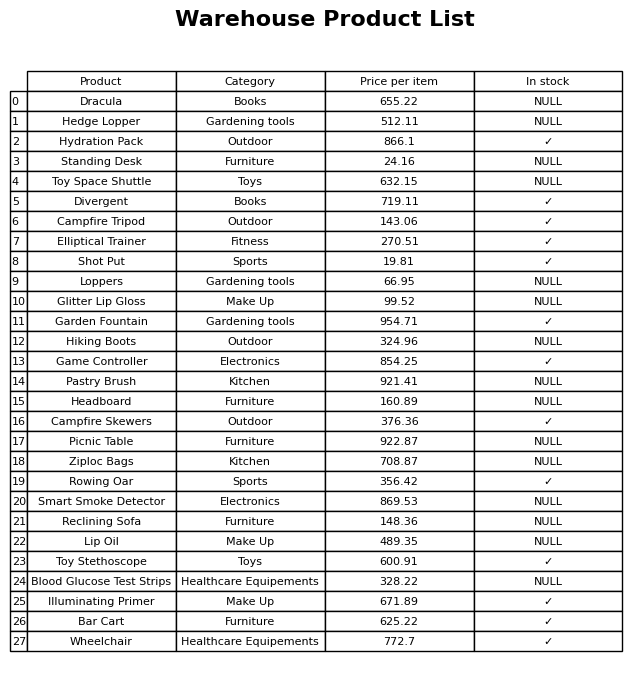
question: What is the stock status of the Game Controller?
answer: ✓